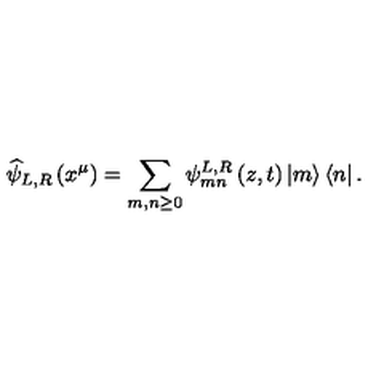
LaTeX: \widehat { \psi } _ { L , R } \left( x ^ { \mu } \right) = \sum _ { m , n \geq 0 } \psi _ { m n } ^ { L , R } \left( z , t \right) \left| m \right\rangle \left\langle n \right| .